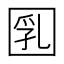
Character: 𡇲